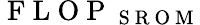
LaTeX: \mathrm{~F~L~O~P~}_{\mathrm{~S~R~O~M~}}